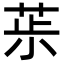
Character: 𦯝